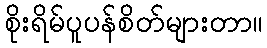
စိုးရိမ်ပူပန်စိတ်များတာ။